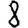
Digit: 8